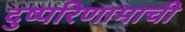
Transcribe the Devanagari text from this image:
दुष्परिणामाची